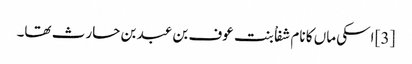
[3] اسکی ماں کا نام شفاْ بنت عوف بن عبد بن حارث تھا۔